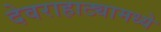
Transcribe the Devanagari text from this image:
देवराहाट्यामध्ये